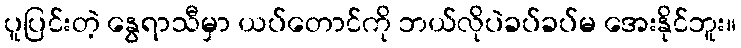
ပူပြင်းတဲ့ နွေရာသီမှာ ယပ်တောင်ကို ဘယ်လိုပဲခပ်ခပ်မ အေးနိုင်ဘူး။